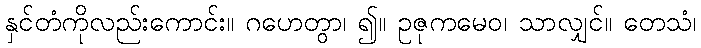
နှင်တံကိုလည်းကောင်း။ ဂဟေတွာ၊ ၍။ ဥဇုကမေဝ၊ သာလျှင်။ တေသံ၊